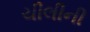
ચીલીની